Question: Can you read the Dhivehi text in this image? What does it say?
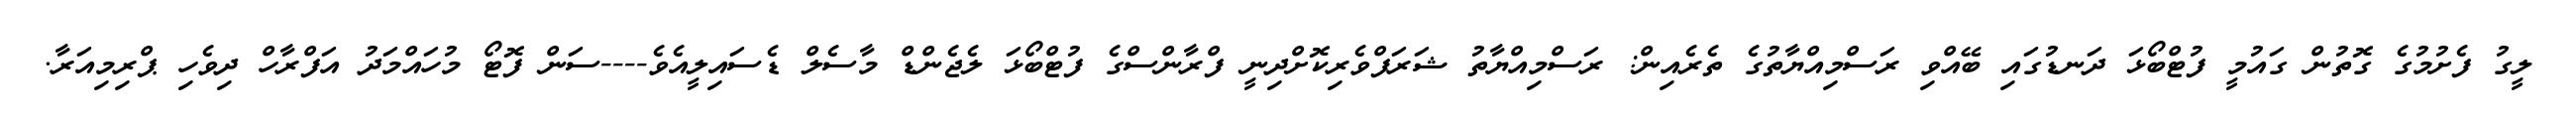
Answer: ލީގު ފެށުމުގެ ގޮތުން ގައުމީ ފުޓްބޯޅަ ދަނޑުގައި ބޭއްވި ރަސްމިއްޔާތުގެ ތެރެއިން: ރަސްމިއްޔާތު ޝަރަފްވެރިކޮށްދިނީ ފްރާންސްގެ ފުޓްބޯޅަ ލެޖެންޑް މާސެލް ޑެސައިލީއެވެ----ސަން ފޮޓޯ މުހައްމަދު އަފްރާހް ދިވެހި ޕްރިމިއަރާ.